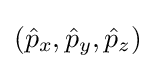
({\hat {p}}_{x},{\hat {p}}_{y},{\hat {p}}_{z})